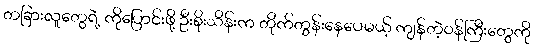
တခြားလူတွေရဲ့ ကိုပြောင်းဖို့ ဦးစိုးသိန်းက တိုက်တွန်းနေပေမယ့် ကျန်တဲ့ဝန်ကြီးတွေကို